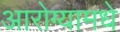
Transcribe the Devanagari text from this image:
आरोग्यामधे